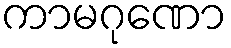
ကာမဂုဏော